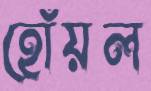
হোঁয়ল